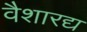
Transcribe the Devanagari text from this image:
वैशारद्य